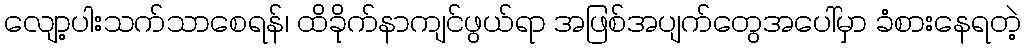
လျော့ပါးသက်သာစေရန်၊ ထိခိုက်နာကျင်ဖွယ်ရာ အဖြစ်အပျက်တွေအပေါ်မှာ ခံစားနေရတဲ့